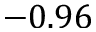
- 0 . 9 6